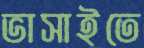
ভাসাইতে